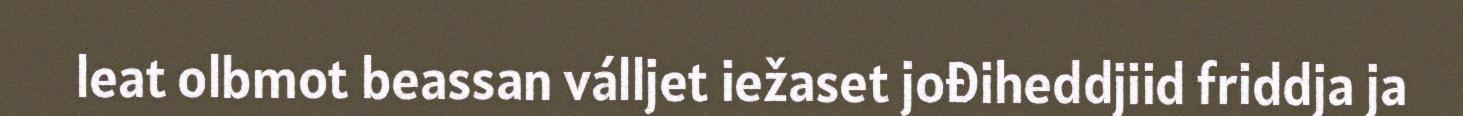
leat olbmot beassan válljet iežaset jođiheddjiid friddja ja